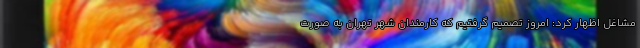
مشاغل اظهار کرد: امروز تصمیم گرفتیم که کارمندان شهر تهران به صورت